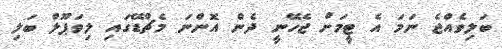
ބަލިވެއްޖެ ނަމަ އެ ޓީމަށް ޖެހޭނީ ދެން އޮންނަ މެޗްޑޭގައި ލިވަޕޫލް ބަލި